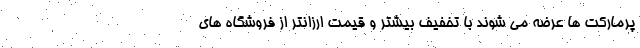
پرمارکت ها عرضه می شوند با تخفیف بیشتر و قیمت ارزانتر از فروشگاه های